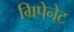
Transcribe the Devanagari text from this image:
ग्रिपेनेट